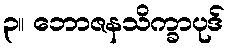
၃။ ဘောဇနသိက္ခာပုဒ်